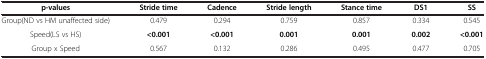
<table><thead><tr><td><b>p-values</b></td><td><b>Stride time</b></td><td><b>Cadence</b></td><td><b>Stride length</b></td><td><b>Stance time</b></td><td><b>DS1</b></td><td><b>SS</b></td></tr></thead><tbody><tr><td>Group(ND vs HM unaffected side)</td><td>0.479</td><td>0.294</td><td>0.759</td><td>0.857</td><td>0.334</td><td>0.545</td></tr><tr><td>Speed(LS vs HS)</td><td><b>&lt;0.001</b></td><td><b>&lt;0.001</b></td><td><b>0.001</b></td><td><b>0.001</b></td><td><b>0.002</b></td><td><b>&lt;0.001</b></td></tr><tr><td>Group x Speed</td><td>0.567</td><td>0.132</td><td>0.286</td><td>0.495</td><td>0.477</td><td>0.705</td></tr></tbody></table>